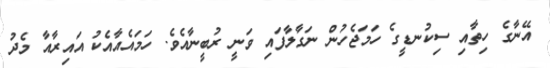
އޭނާގެ ހިތާއި ސިކުނޑީގެ ހަމަޖެހުން ނަގާލާފައި ވަނީ ރުބީނާއެވެ. ހަމައެއާއެކު އައިރާއާ މެދު